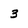
Character: 3